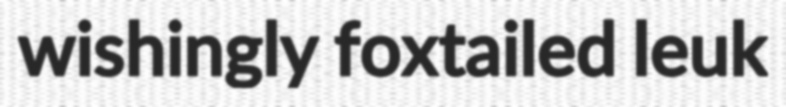
wishingly foxtailed leuk